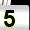
Digit: 5